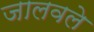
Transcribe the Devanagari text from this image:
जालवले